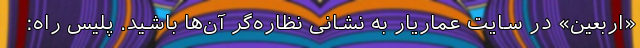
«اربعین» در سایت عماریار به نشانی نظاره‌گر آن‌ها باشید. پلیس راه: